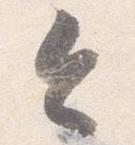
令